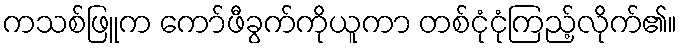
ကသစ်ဖြူက ကော်ဖီခွက်ကိုယူကာ တစ်ငုံငုံကြည့်လိုက်၏။